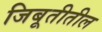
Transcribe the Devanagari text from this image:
जिबूतीतील